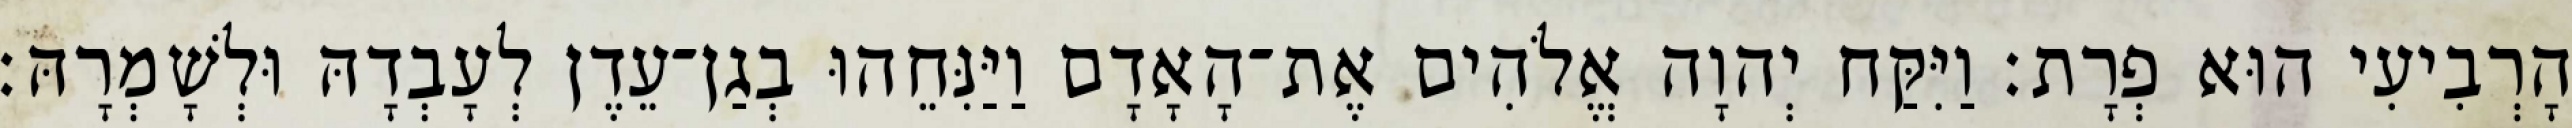
הָרְבִיעִי הוּא פְרָת׃ וַיִּקַּח יְהוָה אֱלֹהִים אֶת־הָאָדָם וַיַּנִּחֵהוּ בְגַן־עֵדֶן לְעָבְדָהּ וּלְשָׁמְרָהּ׃